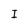
Character: I